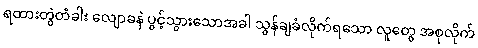
ရထားတွဲတံခါး လျောခနဲ ပွင့်သွားသောအခါ သွန်ချခံလိုက်ရသော လူတွေ အစုလိုက်